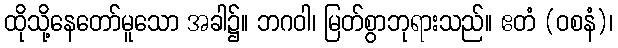
ထိုသို့နေတော်မူသော အခါ၌။ ဘဂဝါ၊ မြတ်စွာဘုရားသည်။ ဧတံ (ဝစနံ)၊